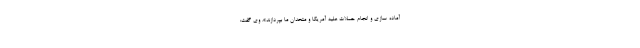
آماده سازی و انجام حملات علیه آمریکا و متحدان ما بپردازند». وی گفت: